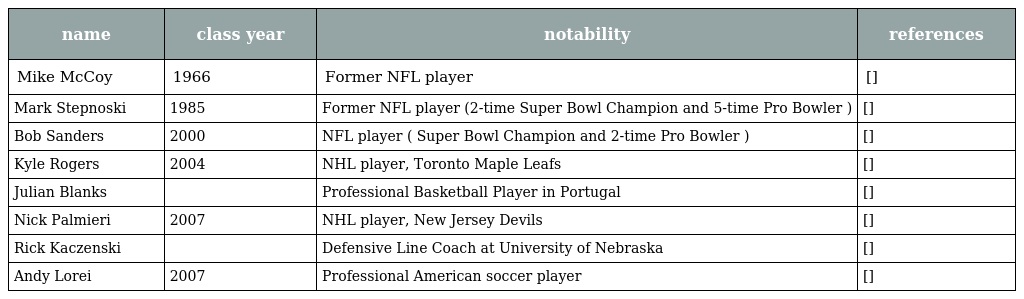
| name | class year | notability | references |
 | --- | --- | --- | --- |
 | Mike McCoy | 1966 | Former NFL player | [] |
 | Mark Stepnoski | 1985 | Former NFL player (2-time Super Bowl Champion and 5-time Pro Bowler ) | [] |
 | Bob Sanders | 2000 | NFL player ( Super Bowl Champion and 2-time Pro Bowler ) | [] |
 | Kyle Rogers | 2004 | NHL player, Toronto Maple Leafs | [] |
 | Julian Blanks |  | Professional Basketball Player in Portugal | [] |
 | Nick Palmieri | 2007 | NHL player, New Jersey Devils | [] |
 | Rick Kaczenski |  | Defensive Line Coach at University of Nebraska | [] |
 | Andy Lorei | 2007 | Professional American soccer player | [] |